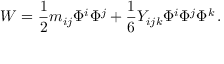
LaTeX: W = \frac { 1 } { 2 } m _ { i j } \Phi ^ { i } \Phi ^ { j } + \frac { 1 } { 6 } Y _ { i j k } \Phi ^ { i } \Phi ^ { j } \Phi ^ { k } \, .